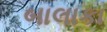
બાલાકા